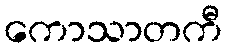
ကောသာတကီ